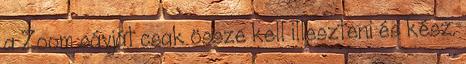
a Zoom sávját csak össze kell illeszteni és kész.